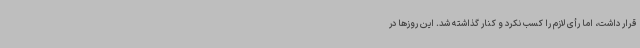
قرار داشت، اما رأی لازم را کسب نکرد و کنار گذاشته شد. این روزها در